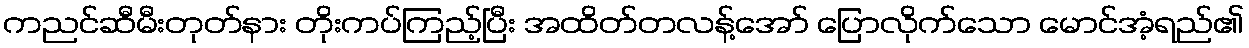
ကညင်ဆီမီးတုတ်နား တိုးကပ်ကြည့်ပြီး အထိတ်တလန့်အော် ပြောလိုက်သော မောင်အံ့ရည်၏